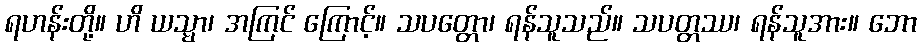
ရဟန်းတို့။ ဟိ ယသ္မာ၊ အကြင် ကြောင့်။ သပတ္တော၊ ရန်သူသည်။ သပတ္တဿ၊ ရန်သူအား။ ဘော